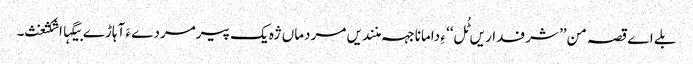
بلے اے قصہ من’’ شرفداریں ٹُل‘‘ ءِ دامانا جہہ منندیں مردماں ژہ یک پیرمردے ءَ آہاڑے بیگہااشکثغث۔